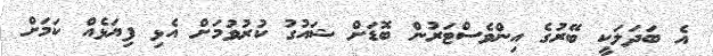
އެ ބަދަލަކީ ބޭރުގެ އިންވެސްޓަރުން ބޮޑަށް ޝައުގު ކުރުވުމަށް އެޅި ފިޔަޅެއް ކަމަށް